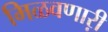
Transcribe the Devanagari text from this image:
मिळवणाऱी